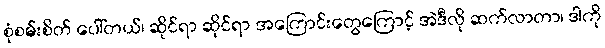
စုံစမ်းစိတ် ပေါ်တယ်၊ ဆိုင်ရာ ဆိုင်ရာ အကြောင်းတွေကြောင့် အဲဒီလို ဆက်လာတာ၊ ဒါကို